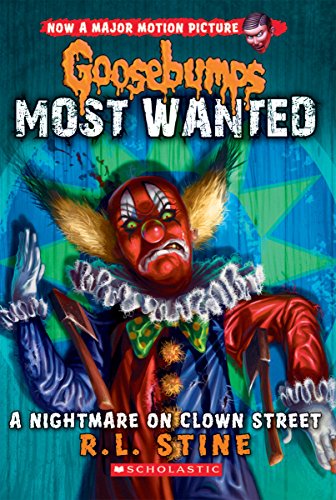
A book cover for Goosebumps Most Wanted #7: A Nightmare on Clown Street; R.L. Stine; Children's Books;